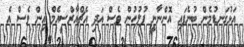
އަޅުގަނޑުމެން ބުނެފައި އޮންނާނީ ފުލުހުން ވެސް އަދި އެޗްއާރްސީއެމް އިން ވެސް އެ